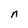
Character: n